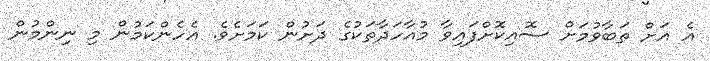
އެ އަަށް ތަބާވުމަށް ސޮއިކޮށްފައިވާ މުއާހަދާތަކުގެ ދަށުން ކަމަށެވެ. އެހެންކަމުން މި ނިންމުން